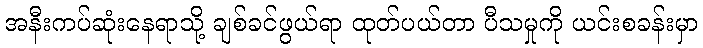
အနီးကပ်ဆုံးနေရာသို့ ချစ်ခင်ဖွယ်ရာ ထုတ်ပယ်တာ ပီသမှုကို ယင်းစခန်းမှာ